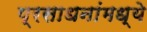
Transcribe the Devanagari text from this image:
प्रसाधनांमध्ये